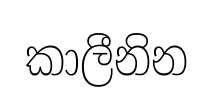
කාලීනින